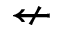
\nleftarrow